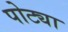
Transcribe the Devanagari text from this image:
पोट्या